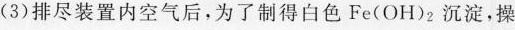
(3)排尽装置内空气后，为了制得白色Fe(OH)_{2}沉淀，操